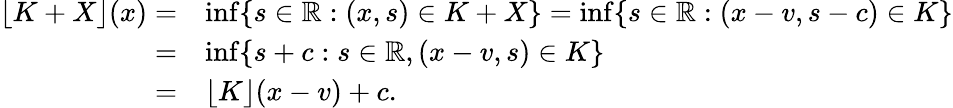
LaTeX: \begin{array}{rl}{\lfloor K+X\rfloor(x)=}&{\operatorname*{inf}\{ s\in\mathbb{R}:(x,s)\in K+X\} =\operatorname*{inf}\{ s\in\mathbb{R}:(x-v,s-c)\in K\} }\\ {=}&{\operatorname*{inf}\{ s+c:s\in\mathbb{R},(x-v,s)\in K\} }\\ {=}&{\lfloor K\rfloor(x-v)+c.}\end{array}